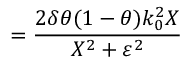
= \frac { 2 \delta \theta ( 1 - \theta ) k _ { 0 } ^ { 2 } X } { X ^ { 2 } + \varepsilon ^ { 2 } }